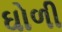
ઘોળી